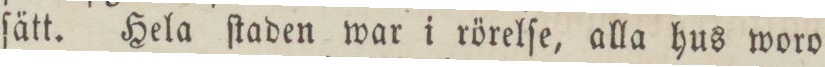
ſätt. Hela ſtaden war i rörelſe, alla hus woro